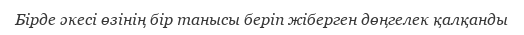
Бірде әкесі өзінің бір танысы беріп жіберген дөңгелек қалқанды